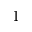
1